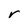
Character: r